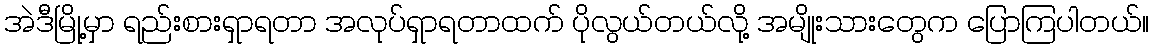
အဲဒီမြို့မှာ ရည်းစားရှာရတာ အလုပ်ရှာရတာထက် ပိုလွယ်တယ်လို့ အမျိုးသားတွေက ပြောကြပါတယ်။